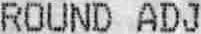
ROUND ADJ